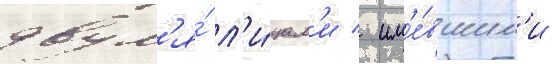
двум'я́ л'и́цам'и / им'е́вшим'и